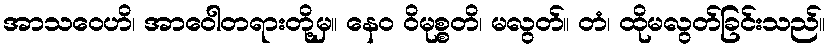
အာသဝေဟိ၊ အာဝေါတရားတို့မှ။ နေဝ ဝိမုစ္စတိ၊ မလွတ်။ တံ၊ ထိုမလွတ်ခြင်းသည်။